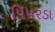
પિપરડા